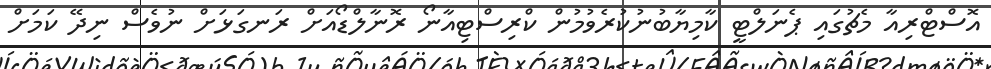
އޮސްޓްރިއާ މެޗުގައި ޕެނަލްޓީ ކާމިޔާބުނުކުރެވުމުން ކްރިސްޓިއާނޯ ރޮނާލްޑޯއަށް ރަނގަޅަށް ނުވެސް ނިދޭ ކަމަށް